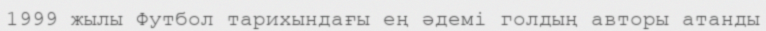
1999 жылы Футбол тарихындағы ең әдемі голдың авторы атанды